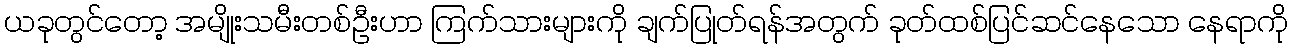
ယခုတွင်တော့ အမျိုးသမီးတစ်ဦးဟာ ကြက်သားများကို ချက်ပြုတ်ရန်အတွက် ခုတ်ထစ်ပြင်ဆင်နေသော နေရာကို